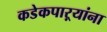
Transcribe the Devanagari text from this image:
कडेकपाऱ्यांना